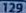
transcribed